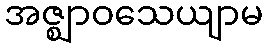
အဇ္ဈာဝသေယျာမ